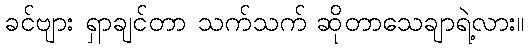
ခင်ဗျား ရှာချင်တာ သက်သက် ဆိုတာသေချာရဲ့လား။